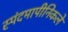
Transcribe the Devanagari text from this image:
स्पंदमापीनिकले